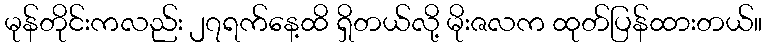
မုန်တိုင်းကလည်း ၂၇ရက်နေ့ထိ ရှိတယ်လို့ မိုးဇလက ထုတ်ပြန်ထားတယ်။